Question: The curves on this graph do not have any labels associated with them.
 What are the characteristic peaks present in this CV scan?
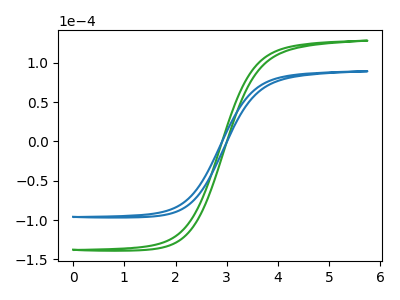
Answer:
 <answer>The green curve "green" has no peaks. The blue curve "blue" has no peaks.</answer>
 <eval></eval>